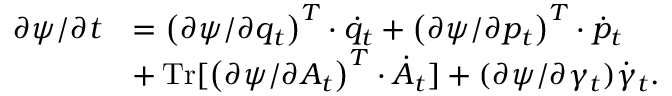
\begin{array} { r l } { \partial \psi / \partial t } & { = \left( \partial \psi / \partial q _ { t } \right) ^ { T } \cdot \dot { q } _ { t } + \left( \partial \psi / \partial p _ { t } \right) ^ { T } \cdot \dot { p } _ { t } } \\ & { + \operatorname * { T r } [ \left( \partial \psi / \partial A _ { t } \right) ^ { T } \cdot \dot { A } _ { t } ] + ( \partial \psi / \partial \gamma _ { t } ) \dot { \gamma } _ { t } . } \end{array}